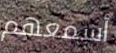
أسمعهم